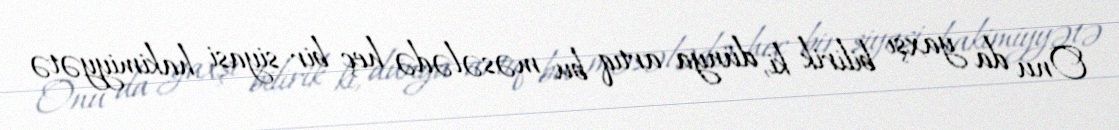
Onu da yaxşı bilirik ki, dünya artıq bu məsələdə heç bir siyasi hakimiyyətə